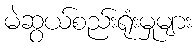
မဲဆွယ်စည်းရုံးမှုများ